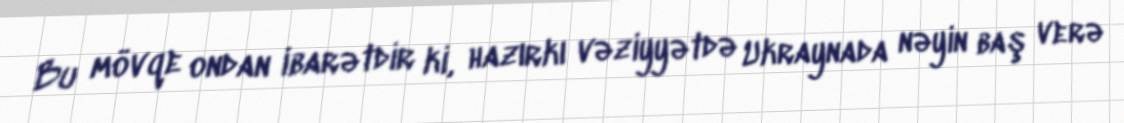
Bu mövqe ondan ibarətdir ki, hazırkı vəziyyətdə Ukraynada nəyin baş verə